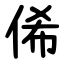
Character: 俙